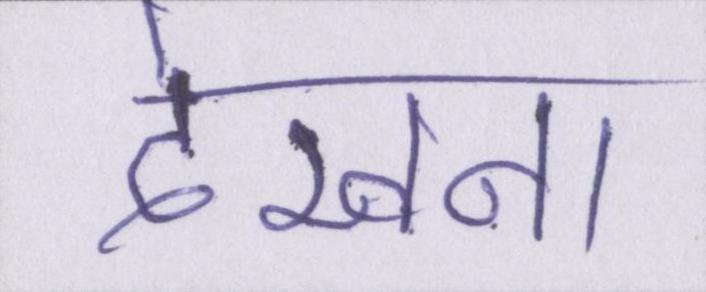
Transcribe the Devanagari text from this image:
देखना